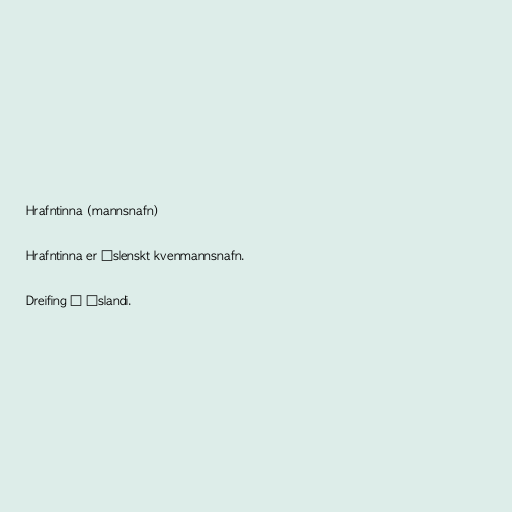
Hrafntinna (mannsnafn)

Hrafntinna er íslenskt kvenmannsnafn.

Dreifing á Íslandi.